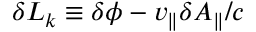
\delta L _ { k } \equiv \delta \phi - v _ { \parallel } \delta A _ { \parallel } / c